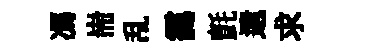
馮耑乱靄氈遺求